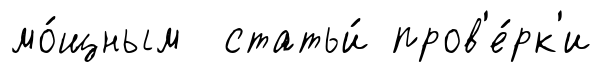
мо́щным статьи́ пров'е́рк'и